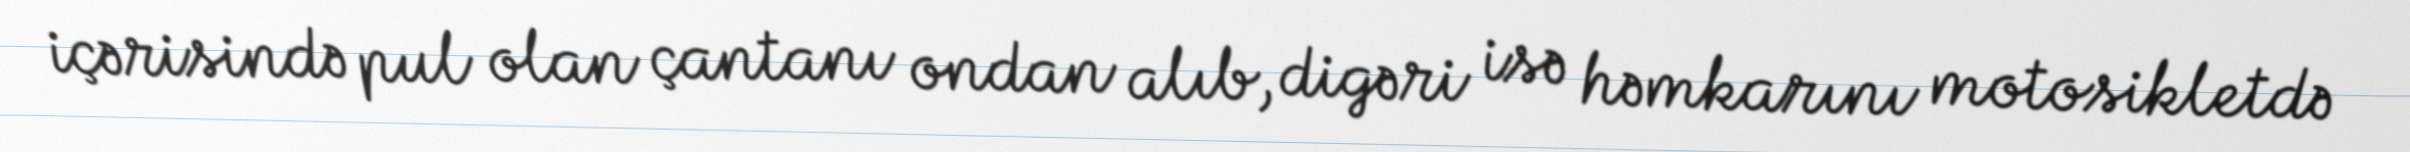
içərisində pul olan çantanı ondan alıb, digəri isə həmkarını motosikletdə